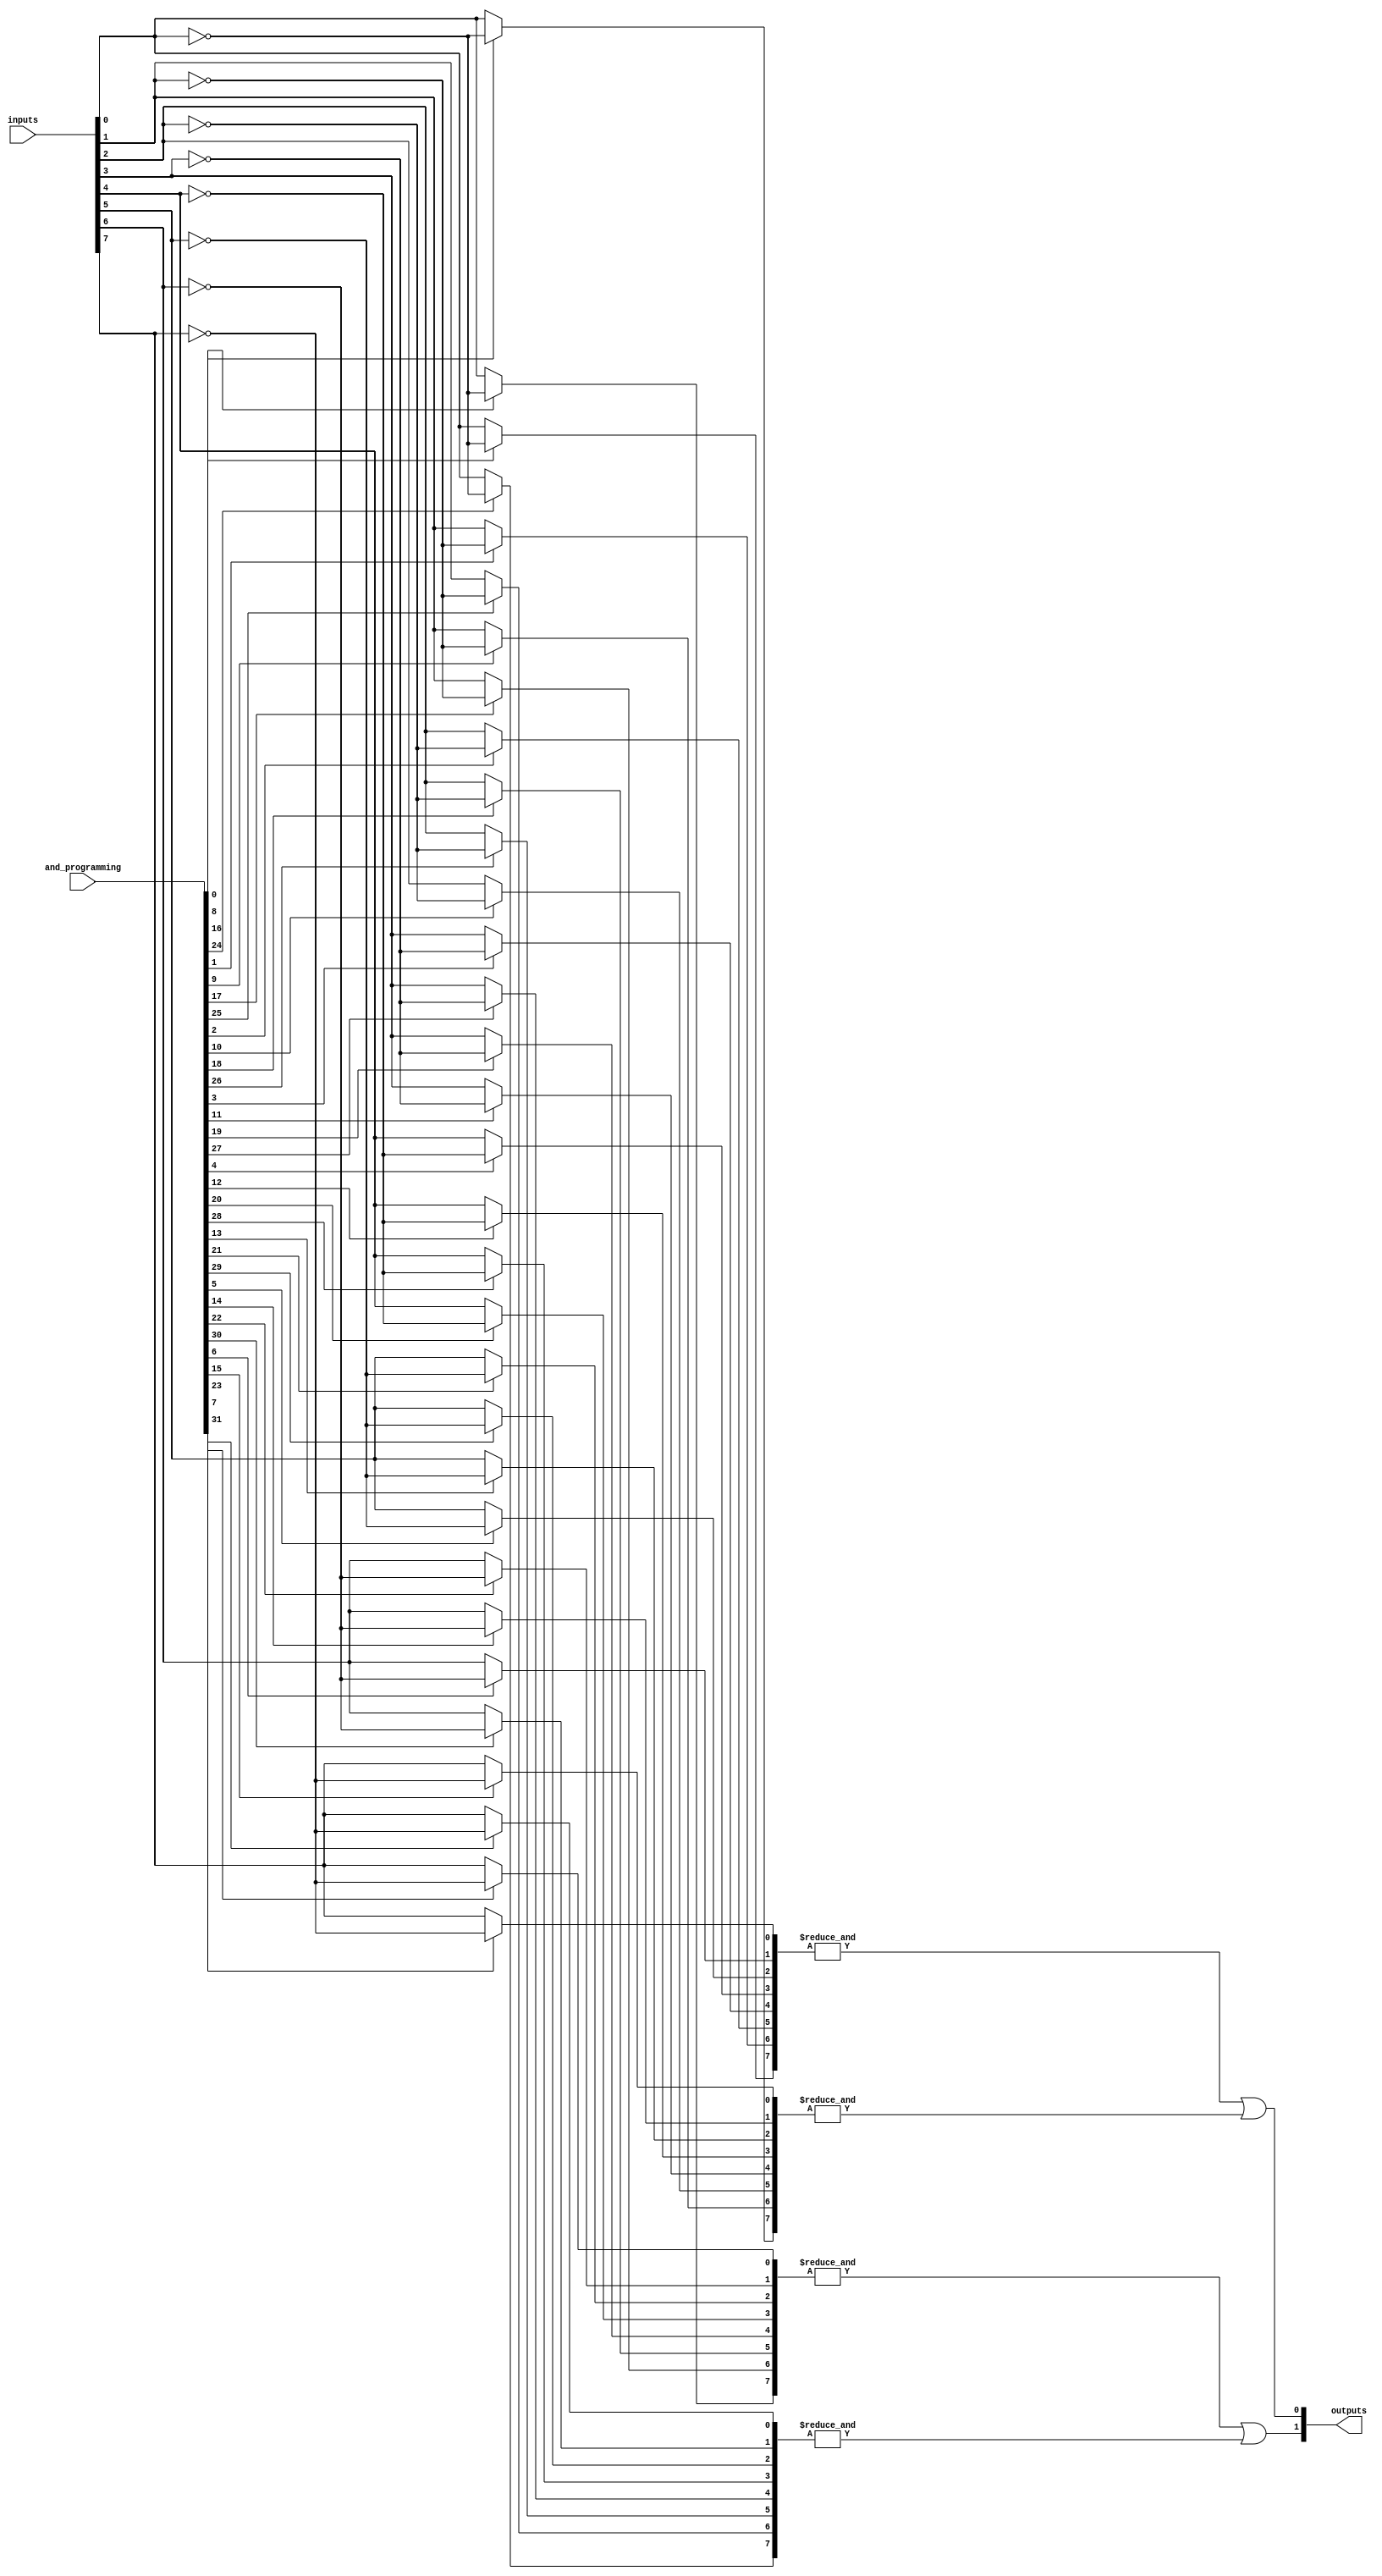
module SPAL #(
    parameter n = 8, // Number of input lines
    parameter m = 4, // Number of AND gates
    parameter p = 2  // Number of OR gates
) (
    input  [n-1:0] inputs,              // Input lines
    input  [m*n-1:0] and_programming,   // Programming connections for AND gates
    output [p-1:0] outputs               // Output lines
);

// Internal wires for AND gate outputs
wire [m-1:0] and_outputs;

// Generate programmable AND gates
genvar i;
generate 
    for (i = 0; i < m; i = i + 1) begin : and_array
        // Each AND gate has n inputs, inverted or non-inverted
        wire [n-1:0] and_inputs;
        assign and_inputs = {
            (and_programming[i*n + 0] ? ~inputs[0] : inputs[0]),
            (and_programming[i*n + 1] ? ~inputs[1] : inputs[1]),
            (and_programming[i*n + 2] ? ~inputs[2] : inputs[2]),
            (and_programming[i*n + 3] ? ~inputs[3] : inputs[3]),
            (and_programming[i*n + 4] ? ~inputs[4] : inputs[4]),
            (and_programming[i*n + 5] ? ~inputs[5] : inputs[5]),
            (and_programming[i*n + 6] ? ~inputs[6] : inputs[6]),
            (and_programming[i*n + 7] ? ~inputs[7] : inputs[7])
        };
        
        assign and_outputs[i] = &and_inputs;  // AND operation over the selected inputs
    end
endgenerate

// Fixed OR logic
assign outputs[0] = and_outputs[0] | and_outputs[1]; // Example fixed connection; can be modified
assign outputs[1] = and_outputs[2] | and_outputs[3]; // Another example connection

endmodule